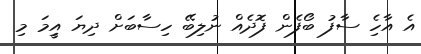
އެ އާހެި ސާފު ބޯފެން ފޮދެއް ނުލިބޭ ހިސާބަށް ދިޔަ އިީމަ މި